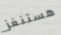
هستنغز